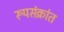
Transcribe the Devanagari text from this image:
रूपसंक्रांत